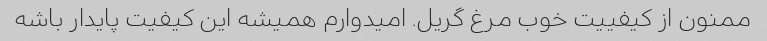
ممنون از کیفییت خوب مرغ گریل. امیدوارم همیشه این کیفیت پایدار باشه